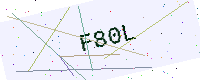
Text: F80L